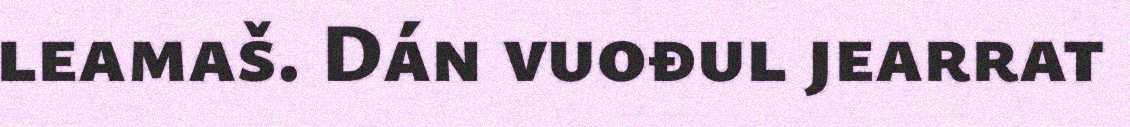
leamaš. Dán vuođul jearrat